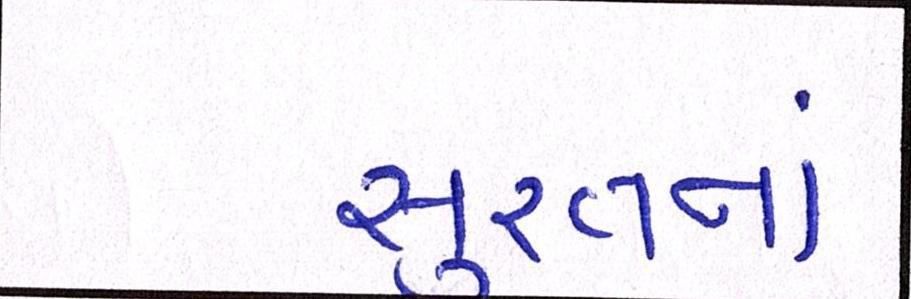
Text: સુરતનાં